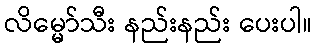
လိမ္မော်သီး နည်းနည်း ပေးပါ။